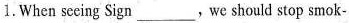
1.When seeing Sign___,we should stop smok-